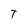
Character: T